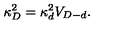
\kappa _ { D } ^ { 2 } = \kappa _ { d } ^ { 2 } V _ { D - d } .